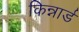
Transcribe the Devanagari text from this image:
किन्नार्ड